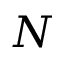
N